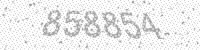
Solution: 858854